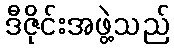
ဒီဇိုင်းအဖွဲ့သည်